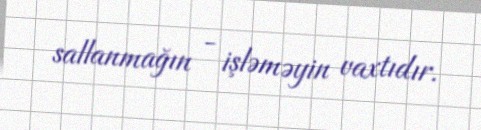
sallanmağın - işləməyin vaxtıdır.